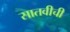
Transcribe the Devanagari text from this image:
सातवीची